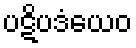
ပဋိပဒံယေဝ